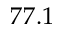
7 7 . 1